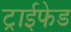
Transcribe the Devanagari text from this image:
ट्राईफेड